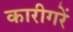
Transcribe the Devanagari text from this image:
कारीगरें